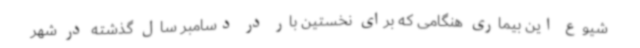
شیوع این بیماری هنگامی که برای نخستین بار در دسامبر سال گذشته در شهر